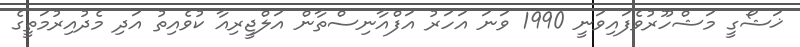
ޚަޝޯގީ މަޝްހޫރުވެފައިވަނީ 1990 ވަނަ އަހަރު އަފްއާނިސްތާން އަލްޖީރިއާ ކުވެއިތު އަދި މެދުއިރުމަތީގެ